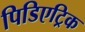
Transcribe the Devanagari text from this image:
पिडिएट्रिक